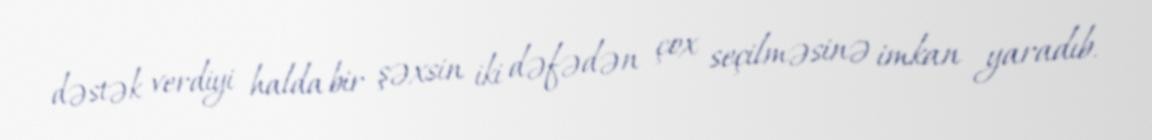
dəstək verdiyi halda bir şəxsin iki dəfədən çox seçilməsinə imkan yaradıb.